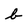
Character: b